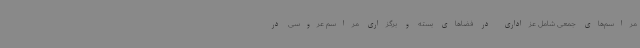
مراسم‌های جمعی شامل عزاداری در فضاهای بسته و برگزاری مراسم عروسی در